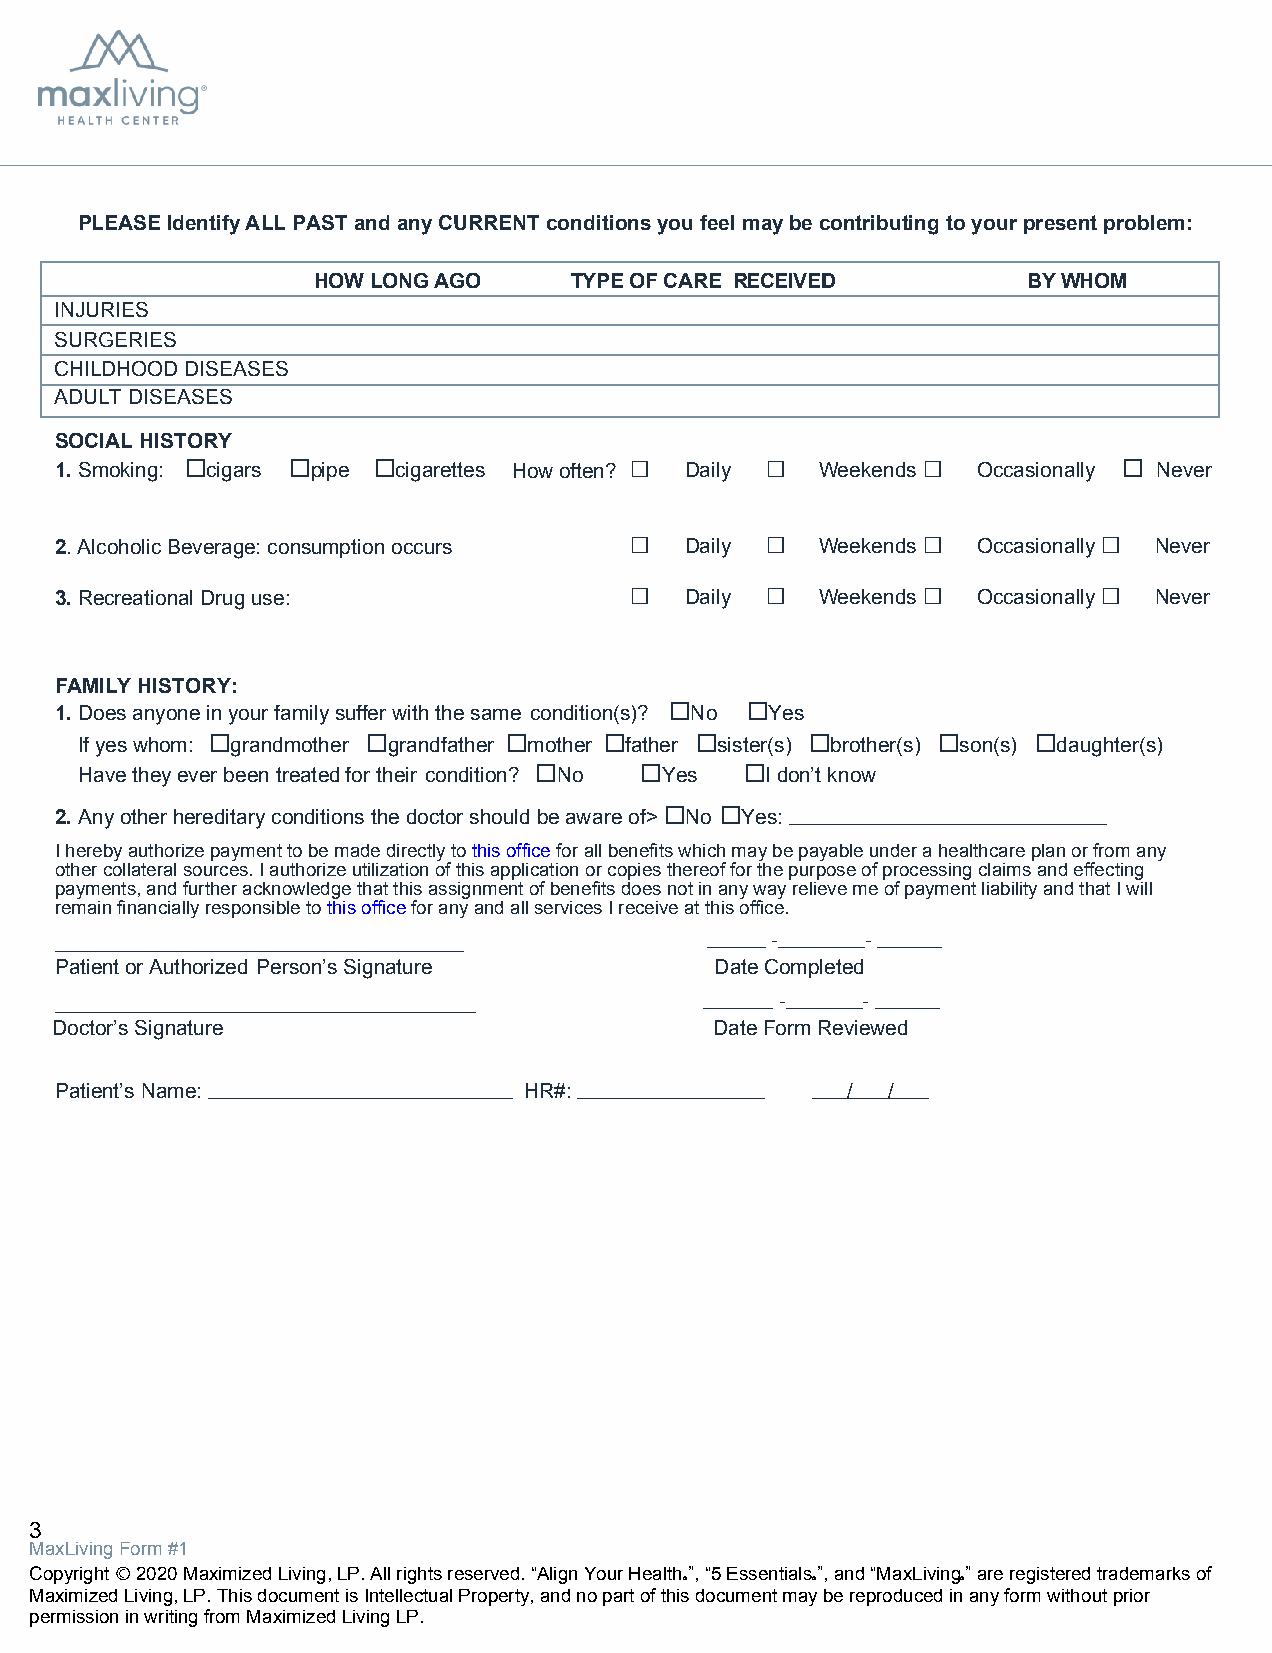
Align Chiropractic
 PLEASE Identify ALL PAST and any CURRENT conditions you feel may be contributing to your present problem:
 HOW LONG AGO     TYPE OF CARE RECEIVED         BY WHOM
 INJURIES
 SURGERIES
 CHILDHOOD DISEASES
 ADULT DISEASES
 SOCIAL HISTORY
 1.Smoking: ☐cigars ☐pipe ☐cigarettes How often? ☐ Daily ☐ Weekends☐ Occasionally ☐ Never
 2.Alcoholic Beverage: consumption occurs ☐ Daily ☐ Weekends☐ Occasionally☐ Never
 3.Recreational Drug use:              ☐  Daily ☐  Weekends☐  Occasionally☐ Never
 FAMILY HISTORY:
 1.Does anyone in your family suffer with the same condition(s)? ☐No ☐Yes
 If yes whom: ☐grandmother ☐grandfather ☐mother ☐father ☐sister(s) ☐brother(s) ☐son(s) ☐daughter(s)
 Have they ever been treated for their condition? ☐No ☐Yes ☐I don’t know
 2.Any other hereditary conditions the doctor should be aware of> ☐No ☐Yes:
 I hereby authorize payment to be made directly to this office for all benefits which may be payable under a healthcare plan or from any
 other collateral sources. I authorize utilization of this application or copies thereof for the purpose of processing claims and effecting
 payments, and further acknowledge that this assignment of benefits does not in any way relieve me of payment liability and that I will
 remain financially responsible to this office for any and all services I receive at this office.
 -     -
 Patient or Authorized Person’s Signature   Date Completed
 -    -
 Doctor’s Signature                          Date Form Reviewed
 Patient’s Name:                HR#:                 /  /
 3
 MaxLiving Form #1
 Copyright Ⓒ 2020 Maximized Living, LP. All rights reserved. “Align Your Health ”, “5 Essentials ”, and “MaxLiving” are registered trademarks of
 Ⓡ        Ⓡ         Ⓡ
 Maximized Living, LP. This document is Intellectual Property, and no part of this document may be reproduced in any form without prior
 permission in writing from Maximized Living LP.